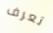
تعرف